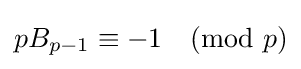
pB_{p-1}\equiv -1{\pmod {p}}